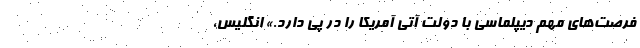
فرصت‌های مهم دیپلماسی با دولت آتی آمریکا را در پی دارد.» انگلیس،